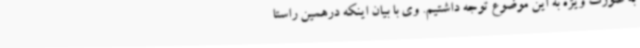
به صورت ویژه به این موضوع توجه داشتیم. وی با بیان اینکه درهمین راستا